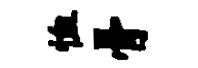
恤骨